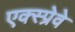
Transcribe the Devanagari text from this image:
एक्स्प्रेवे